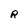
Character: R